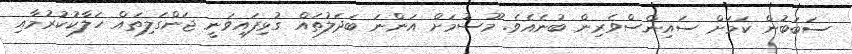
ސަބަބުން ކަމަށް ސައިންސްވެރިން ބުނެއެވެ. މޫސުމަށް އަންނަ ބަދަލުތައް ގުޅިފައިވަނީ ޖަންގަލިތައް ހަލާކުކުރުމާއި